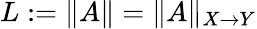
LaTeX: L:=\| A\| =\| A\| _{X\to Y}